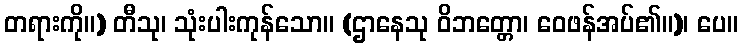
တရားကို။) တီသု၊ သုံးပါးကုန်သော။ (ဌာနေသု ဝိဘတ္တော၊ ဝေဖန်အပ်၏။)၊ ပေ။